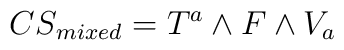
{CS}_{mixed} = T^a \wedge F\wedge V_a